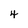
Character: 4